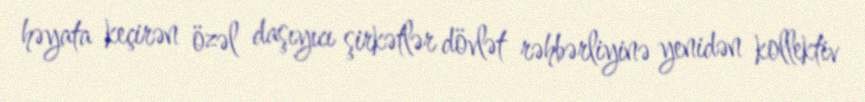
həyata keçirən özəl daşıyıcı şirkətlər dövlət rəhbərliyinə yenidən kollektiv